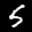
Digit: 5